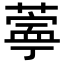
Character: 𬞊